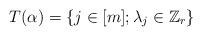
LaTeX: \begin{align*}T(\alpha)=\{j\in[m]; \lambda_j\in\mathbb Z_r\}\end{align*}